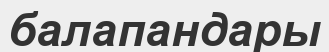
балапандары